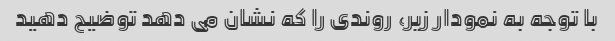
با توجه به نمودار زیر، روندی را که نشان می دهد توضیح دهید